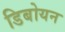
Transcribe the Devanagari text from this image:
डिबोयन